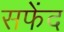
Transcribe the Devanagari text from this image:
सफेंद